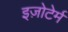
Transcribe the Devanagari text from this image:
इज़ोटेर्म